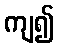
ကျ၍